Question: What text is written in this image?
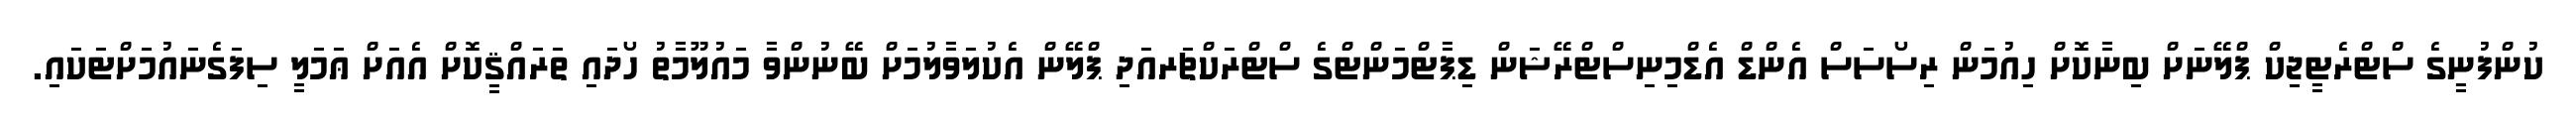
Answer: ކުންފުނީގެ ސްޓްރެޓީޖިކް ޕްލޭނަށް ބިނާކޮށް ހިއުމަން ރިސޯސަސް އެންޑް އެޑްމިނިސްޓްރޭޝަން ޑިޕާޓްމަންޓްގެ ސްޓްރަކްޗަރއަދި ޕްލޭން އެކުލަވާލުމަށް ބޭނުންވާ މައުލޫމާތު ހޯދައި ތަރައްޤީކޮށް އެއަށް ޢަމަލީ ސިފަގެނައުމަށްޓަކައި.